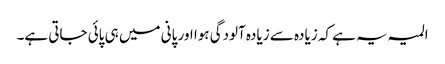
المیہ یہ ہے کہ زیادہ سے زیادہ آلودگی ہوا اور پانی میں ہی پائی جاتی ہے۔